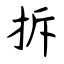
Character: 拆